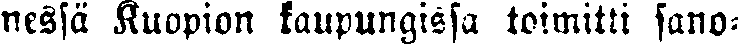
nessä Kuopion kaupungissa toimitti sano-